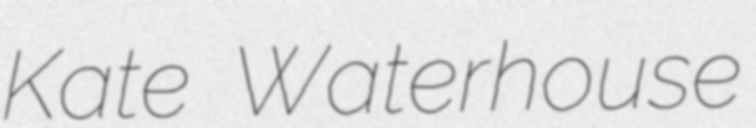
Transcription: Kate Waterhouse